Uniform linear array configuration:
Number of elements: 4
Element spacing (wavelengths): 0.5
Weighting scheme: cosine
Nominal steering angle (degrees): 30
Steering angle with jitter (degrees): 29.222
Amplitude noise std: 0.05
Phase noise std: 0.05

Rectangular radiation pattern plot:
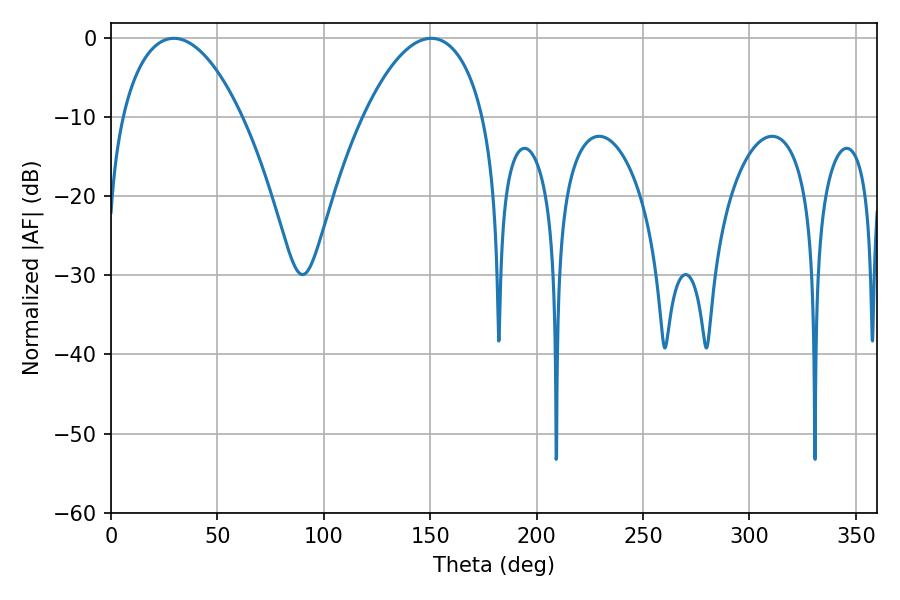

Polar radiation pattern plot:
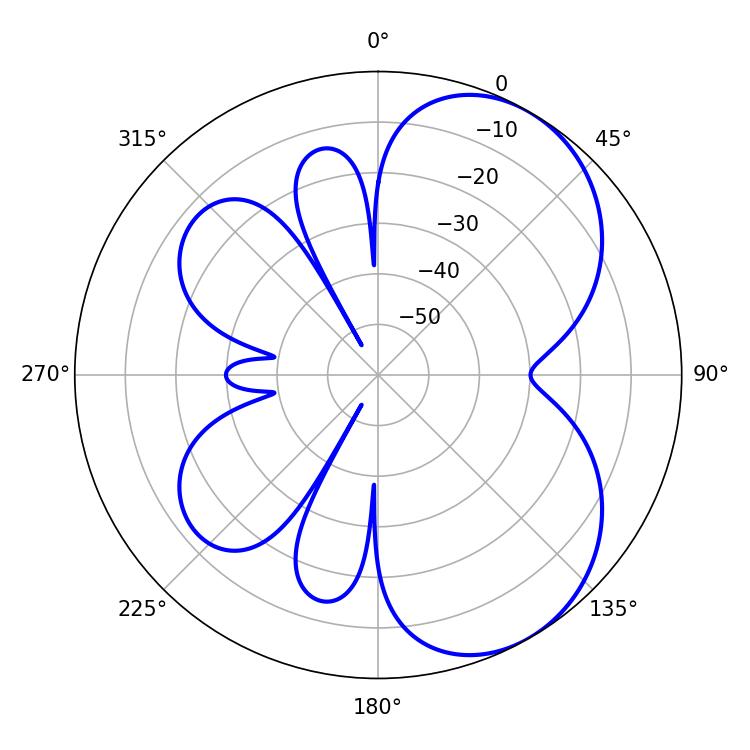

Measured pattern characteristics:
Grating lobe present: FALSE
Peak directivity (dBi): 5.507
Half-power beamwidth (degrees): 31.68
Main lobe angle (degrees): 29.52